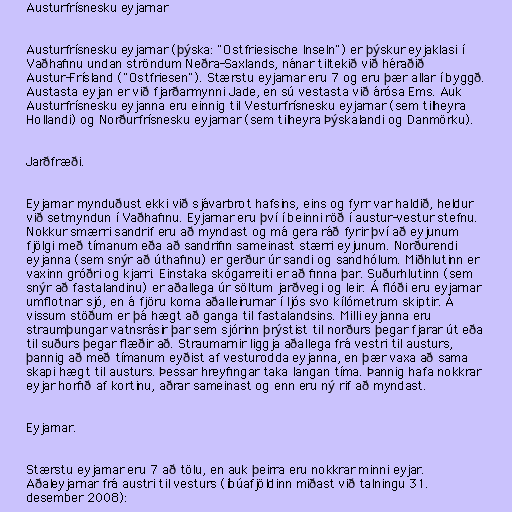
Austurfrísnesku eyjarnar

Austurfrísnesku eyjarnar (þýska: "Ostfriesische Inseln") er þýskur eyjaklasi í
Vaðhafinu undan ströndum Neðra-Saxlands, nánar tiltekið við héraðið
Austur-Frísland ("Ostfriesen"). Stærstu eyjarnar eru 7 og eru þær allar í byggð.
Austasta eyjan er við fjarðarmynni Jade, en sú vestasta við árósa Ems. Auk
Austurfrísnesku eyjanna eru einnig til Vesturfrísnesku eyjarnar (sem tilheyra
Hollandi) og Norðurfrísnesku eyjarnar (sem tilheyra Þýskalandi og Danmörku).

Jarðfræði.

Eyjarnar mynduðust ekki við sjávarbrot hafsins, eins og fyrr var haldið, heldur
við setmyndun í Vaðhafinu. Eyjarnar eru því í beinni röð í austur-vestur stefnu.
Nokkur smærri sandrif eru að myndast og má gera ráð fyrir því að eyjunum
fjölgi með tímanum eða að sandrifin sameinast stærri eyjunum. Norðurendi
eyjanna (sem snýr að úthafinu) er gerður úr sandi og sandhólum. Miðhlutinn er
vaxinn gróðri og kjarri. Einstaka skógarreiti er að finna þar. Suðurhlutinn (sem
snýr að fastalandinu) er aðallega úr söltum jarðvegi og leir. Á flóði eru eyjarnar
umflotnar sjó, en á fjöru koma aðalleirurnar í ljós svo kílómetrum skiptir. Á
vissum stöðum er þá hægt að ganga til fastalandsins. Milli eyjanna eru
straumþungar vatnsrásir þar sem sjórinn þrýstist til norðurs þegar fjarar út eða
til suðurs þegar flæðir að. Straumarnir liggja aðallega frá vestri til austurs,
þannig að með tímanum eyðist af vesturodda eyjanna, en þær vaxa að sama
skapi hægt til austurs. Þessar hreyfingar taka langan tíma. Þannig hafa nokkrar
eyjar horfið af kortinu, aðrar sameinast og enn eru ný rif að myndast.

Eyjarnar.

Stærstu eyjarnar eru 7 að tölu, en auk þeirra eru nokkrar minni eyjar.
Aðaleyjarnar frá austri til vesturs (íbúafjöldinn miðast við talningu 31.
desember 2008):